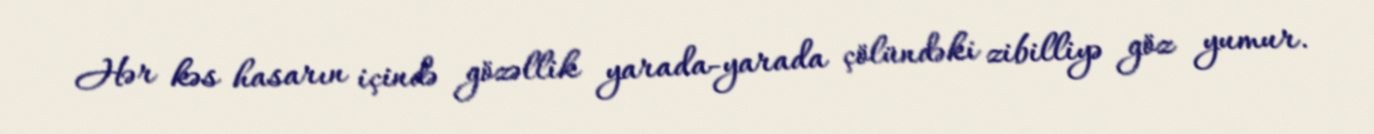
Hər kəs hasarın içində gözəllik yarada-yarada çölündəki zibilliyə göz yumur.